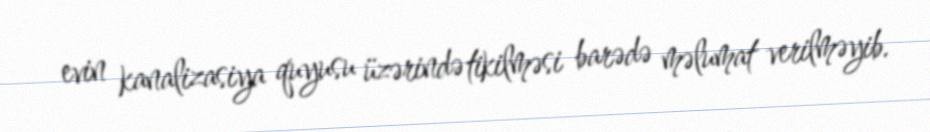
evin kanalizasiya quyusu üzərində tikilməsi barədə məlumat verilməyib.